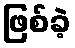
ဖြစ်ခဲ့